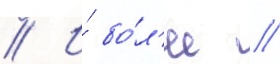
// И́ бо́л'ее //